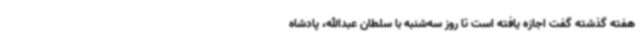
هفته گذشته گفت اجازه یافته است تا روز سه‌شنبه با سلطان عبدالله، پادشاه